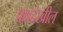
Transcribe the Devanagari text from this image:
पक्षदेखील